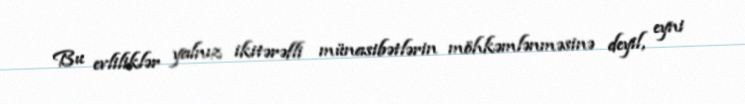
Bu evliliklər yalnız ikitərəfli münasibətlərin möhkəmlənməsinə deyil, eyni